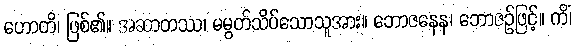
ဟောတိ၊ ဖြစ်၏။ အဆာတဿ၊ မမွတ်သိပ်သောသူအား။ ဘောဇနေန၊ ဘောဇဉ်ဖြင့်။ ကိံ၊